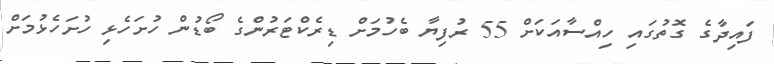
ފައިދާގެ ގޮތުގައި ހިއްސާއަކަށް 55 ރުފިޔާ ބެހުމަށް ޑިރެކްޓަރުންގެ ބޯޑުން ހުށަހެޅި ހުށަހެޅުމަށް